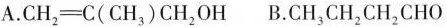
A.$$C H _{ 2 } = C ( C H _{ 3 }) C H _{ 2 } O H$$ B.C H _{ 3 } C H _{ 2 }C H _{ 2 } C H O